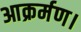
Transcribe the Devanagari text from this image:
आक्रर्मण।